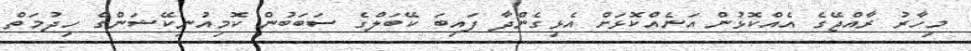
މިހާރު ރާއްޖޭގެ އެއްކޮޅުން އަނެއްކޮޅަށް އެޅިގެންދާ ފައިބަ ކޭބަލްގެ ސަބަބުން ކޮމިއުނިކޭޝަންގެ ހިދުމަތް